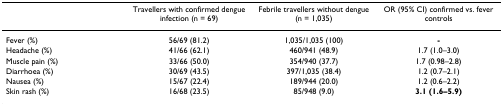
<table><thead><tr><td></td><td><b>Travellers with confirmed dengue infection (n = 69)</b></td><td><b>Febrile travellers without dengue (n = 1,035)</b></td><td><b>OR (95% CI) confirmed vs. fever controls</b></td></tr></thead><tbody><tr><td>Fever (%)</td><td>56/69 (81.2)</td><td>1,035/1,035 (100)</td><td><b>-</b></td></tr><tr><td>Headache (%)</td><td>41/66 (62.1)</td><td>460/941 (48.9)</td><td>1.7 (1.0–3.0)</td></tr><tr><td>Muscle pain (%)</td><td>33/66 (50.0)</td><td>354/940 (37.7)</td><td>1.7 (0.98–2.8)</td></tr><tr><td>Diarrhoea (%)</td><td>30/69 (43.5)</td><td>397/1,035 (38.4)</td><td>1.2 (0.7–2.1)</td></tr><tr><td>Nausea (%)</td><td>15/67 (22.4)</td><td>189/944 (20.0)</td><td>1.2 (0.6–2.2)</td></tr><tr><td>Skin rash (%)</td><td>16/68 (23.5)</td><td>85/948 (9.0)</td><td><b>3.1 (1.6–5.9)</b></td></tr></tbody></table>